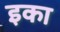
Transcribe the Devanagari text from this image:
इका